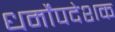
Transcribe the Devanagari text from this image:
धर्मोंपदेशक